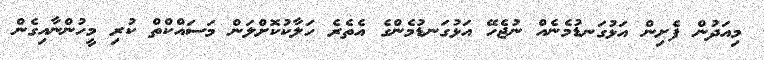
މިއަދުން ފެށިން އަޅުގަނޑުމެނެއް ނުޖެހޭ އަޅުގަނޑުމެންގެ އެތެރެ ހަލާކުކޮށްލަން މަސައްކްތް ކުރި މީހުންނާއިގެން